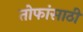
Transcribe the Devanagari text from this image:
तोफांसाठी